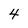
Character: 4